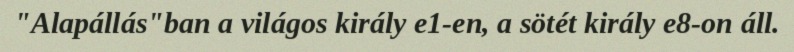
"Alapállás"ban a világos király e1-en, a sötét király e8-on áll.